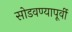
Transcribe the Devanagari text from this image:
सोडवण्यापूर्वी